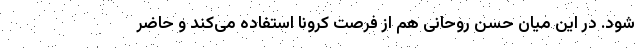
شود. در این میان حسن روحانی هم از فرصت کرونا استفاده می‌کند و حاضر